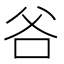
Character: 𭶻